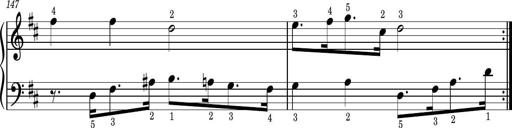
Title: Easy Progressive Lessons and 4 Sonatinas
Composer: Thomas Attwood